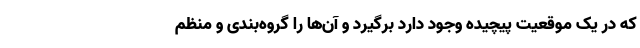
که در یک موقعیت پیچیده وجود دارد برگیرد و آن‌ها را گروه‌بندی و منظم